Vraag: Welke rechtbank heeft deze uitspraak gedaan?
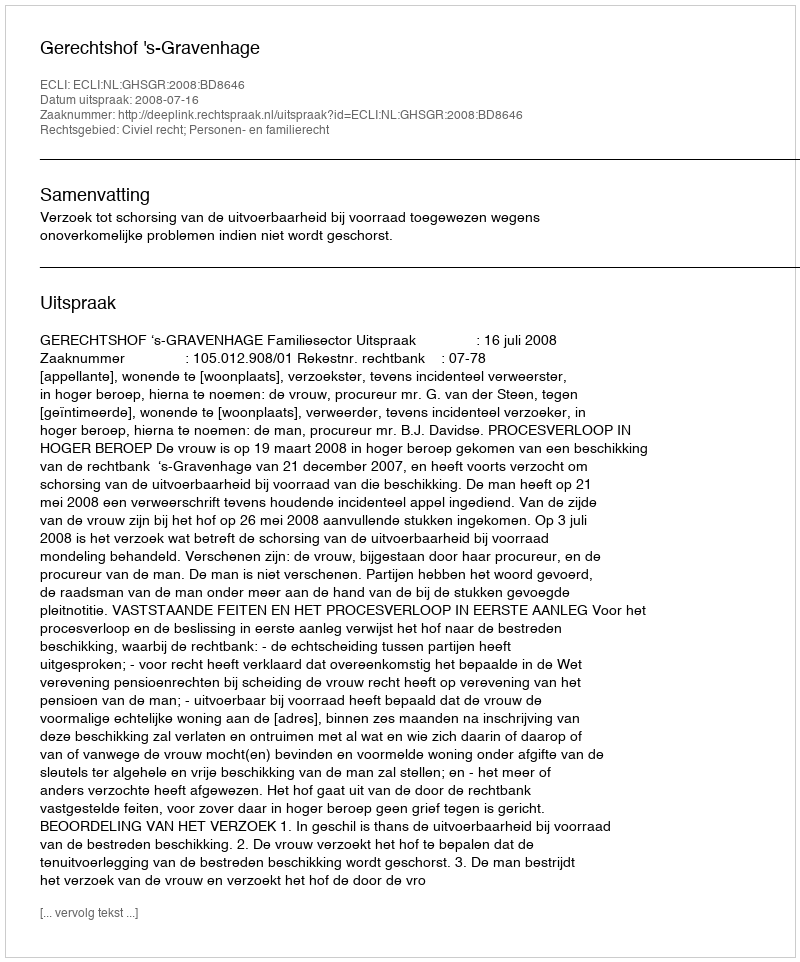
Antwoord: Gerechtshof 's-Gravenhage